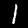
Digit: 1